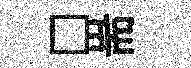
□耑